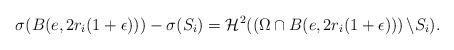
LaTeX: \begin{align*}\sigma(B(e, 2r_i (1+\epsilon)))- \sigma(S_i)= \mathcal{H}^{2}(\left(\Omega \cap B(e, 2r_i (1+\epsilon)) \right)\backslash S_i).\end{align*}